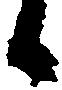
候